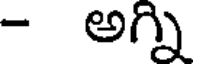
- అగ్ని